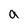
Character: a